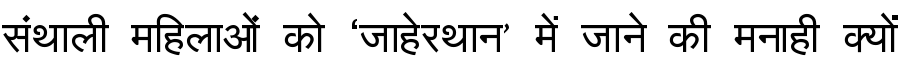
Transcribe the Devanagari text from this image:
संथाली महिलाओं को ‘जाहेरथान’ में जाने की मनाही क्यों